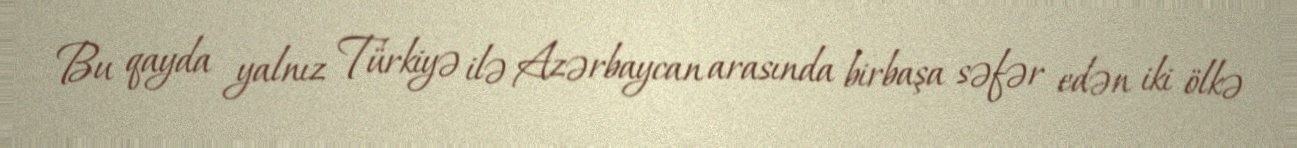
Bu qayda yalnız Türkiyə ilə Azərbaycan arasında birbaşa səfər edən iki ölkə